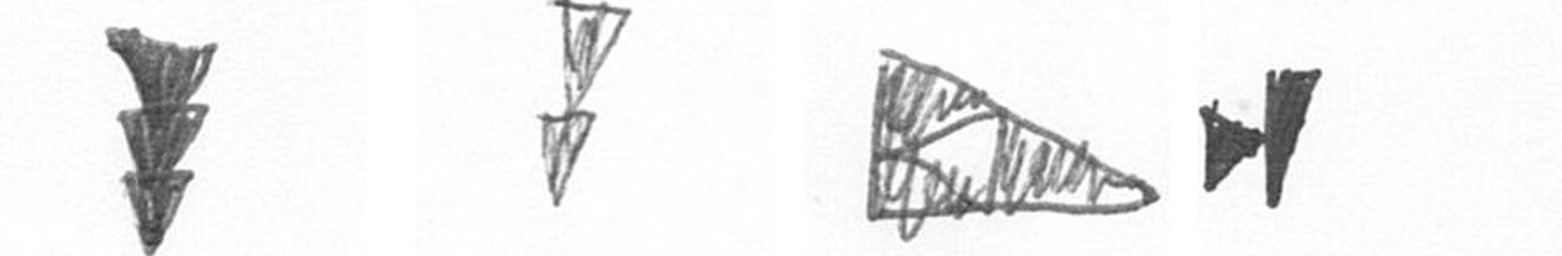
E Z K M